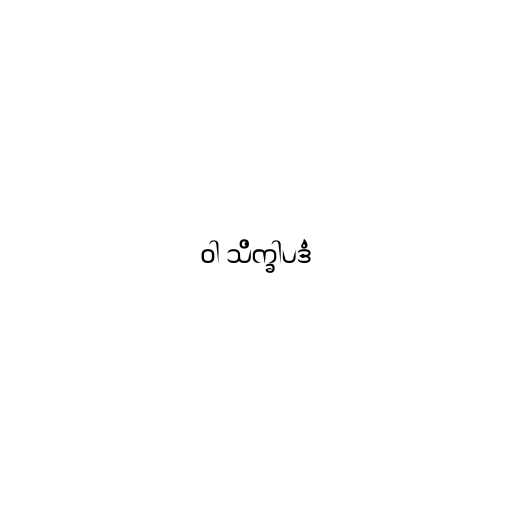
ဝါ သိက္ခါပဒံ